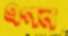
এগন